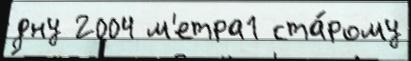
дну 2004 м'етра1 ста́рому